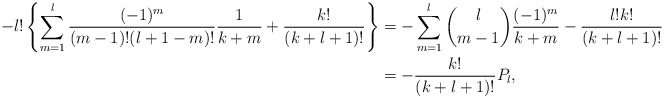
\begin{align*} -l!\left\{\sum_{m=1}^l\frac{(-1)^m}{(m-1)!(l+1-m)!}\frac{1}{k+m}+\frac{k!}{(k+l+1)!}\right\}&=-\sum_{m=1}^l\binom{l}{m-1}\frac{(-1)^m}{k+m}-\frac{l!k!}{(k+l+1)!}\\&=-\frac{k!}{(k+l+1)!}P_l,\end{align*}